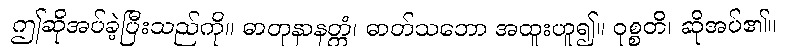
ဤဆိုအပ်ခဲ့ပြီးသည်ကို။ ဓာတုနာနတ္တံ၊ ဓာတ်သဘော အထူးဟူ၍။ ဝုစ္စတိ၊ ဆိုအပ်၏။